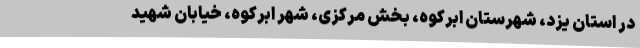
در استان یزد، شهرستان ابرکوه، بخش مرکزی، شهر ابرکوه، خیابان شهید